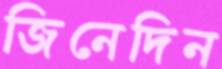
জিনেদিন